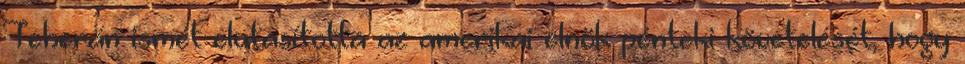
Teherán ismét elutasította az amerikai elnök pénteki követelését, hogy